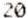
20